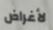
لأغراض